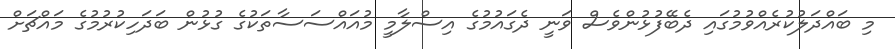
މި ބައްދަލުކުރެއްވުމުގައި ދެބޭފުޅުންވެސް ވަނީ ދެގައުމުގެ އިސްލާމީ މުއައްސަސާތަކުގެ ގުޅުން ބަދަހިކުރުމުގެ މައްޗަށް